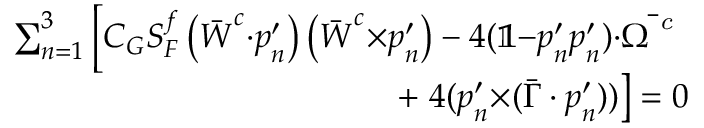
\begin{array} { r } { \sum _ { n = 1 } ^ { 3 } \left[ C _ { G } S _ { F } ^ { f } \left( \bar { \boldsymbol { W } } ^ { c } { \cdot } \boldsymbol { p } _ { n } ^ { \prime } \right) \left( \bar { \boldsymbol { W } } ^ { c } { \times } \boldsymbol { p } _ { n } ^ { \prime } \right) - 4 ( \mathbb { 1 } { - } \boldsymbol { p } _ { n } ^ { \prime } \boldsymbol { p } _ { n } ^ { \prime } ) { \cdot } \bar { \boldsymbol { \Omega } ^ { \textit { c } } } \right. } \\ { + \left. 4 ( \boldsymbol { p } _ { n } ^ { \prime } { \times } ( \bar { \boldsymbol { \Gamma } } \cdot \boldsymbol { p } _ { n } ^ { \prime } ) ) \right] = 0 } \end{array}